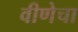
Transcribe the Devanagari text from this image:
वीणेचा